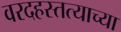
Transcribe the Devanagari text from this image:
वरदहस्तत्याच्या